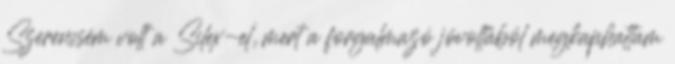
Szerencsém volt a Silex-el, mert a forgalmazó jóvoltából megkaphattam